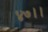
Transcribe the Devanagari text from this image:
४७।।